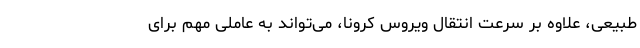
طبیعی، علاوه بر سرعت انتقال ویروس کرونا، می‌تواند به عاملی مهم برای